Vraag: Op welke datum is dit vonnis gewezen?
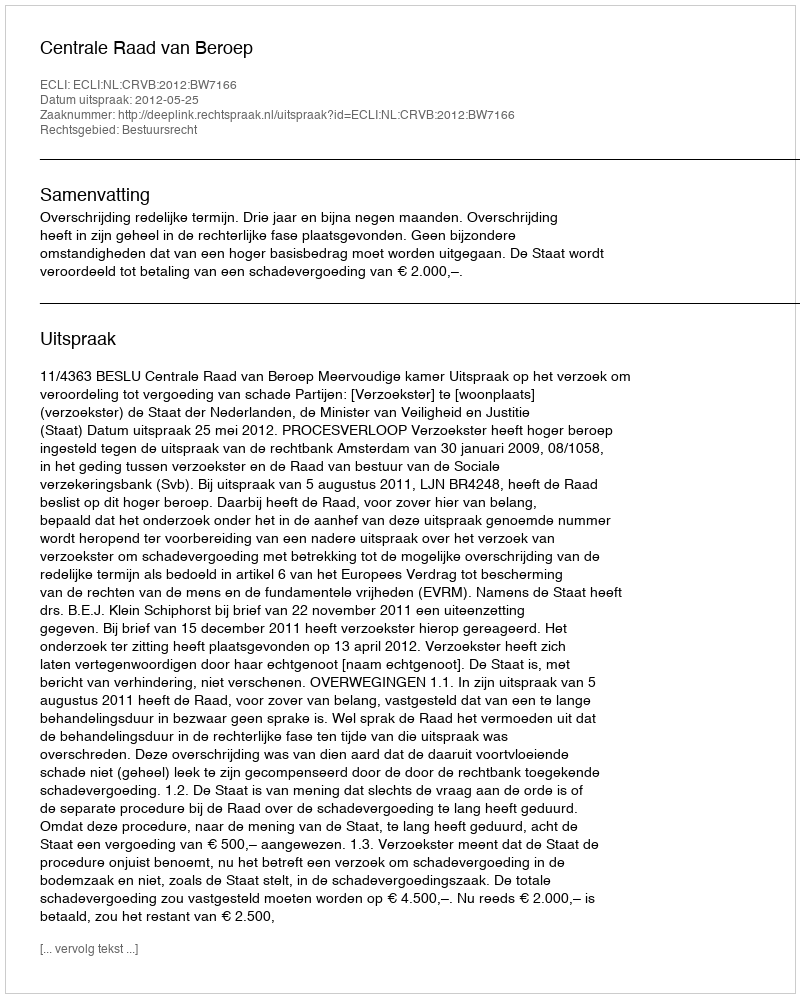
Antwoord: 2012-05-25